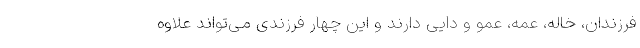
فرزندان، خاله، عمه، عمو و دایی دارند و این چهار فرزندی می‌تواند علاوه